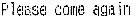
PLEASE COME AGAIN